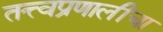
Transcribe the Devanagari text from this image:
तत्त्वप्रणालींचा